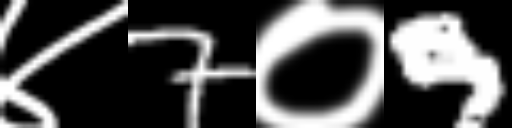
Text: ४7०9